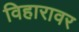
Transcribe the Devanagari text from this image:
विहारावर